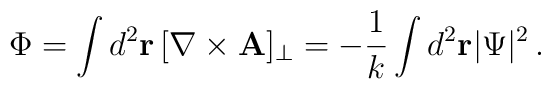
\Phi=\int d^{2}{\bf r}\,[\nabla \times {\bf A}]_{\perp}=-{\frac {1} {k}}\int d^{2}{\bf r}|\Psi|^{2} \, .